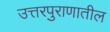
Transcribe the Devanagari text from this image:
उत्तरपुराणातील